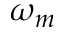
\omega _ { m }